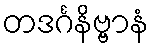
တဒင်္ဂနိဗ္ဗာနံ